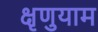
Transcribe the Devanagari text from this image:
क्षृणुयाम